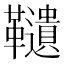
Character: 䪋